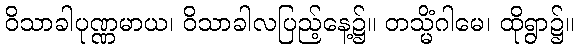
ဝိသာခါပုဏ္ဏမာယ၊ ဝိသာခါလပြည့်နေ့၌။ တသ္မိံဂါမေ၊ ထိုရွာ၌။